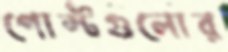
পোস্টগুলোর